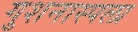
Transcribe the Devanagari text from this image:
गुशनास्पला